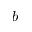
b